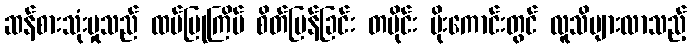
ဆန်စားသုံးမှုသည် ထပ်ပြုကြိမ် စိတ်မြန်ခြင်း တပိုင်း မိုးကောင်းတွင် လူသိများလာသည့်